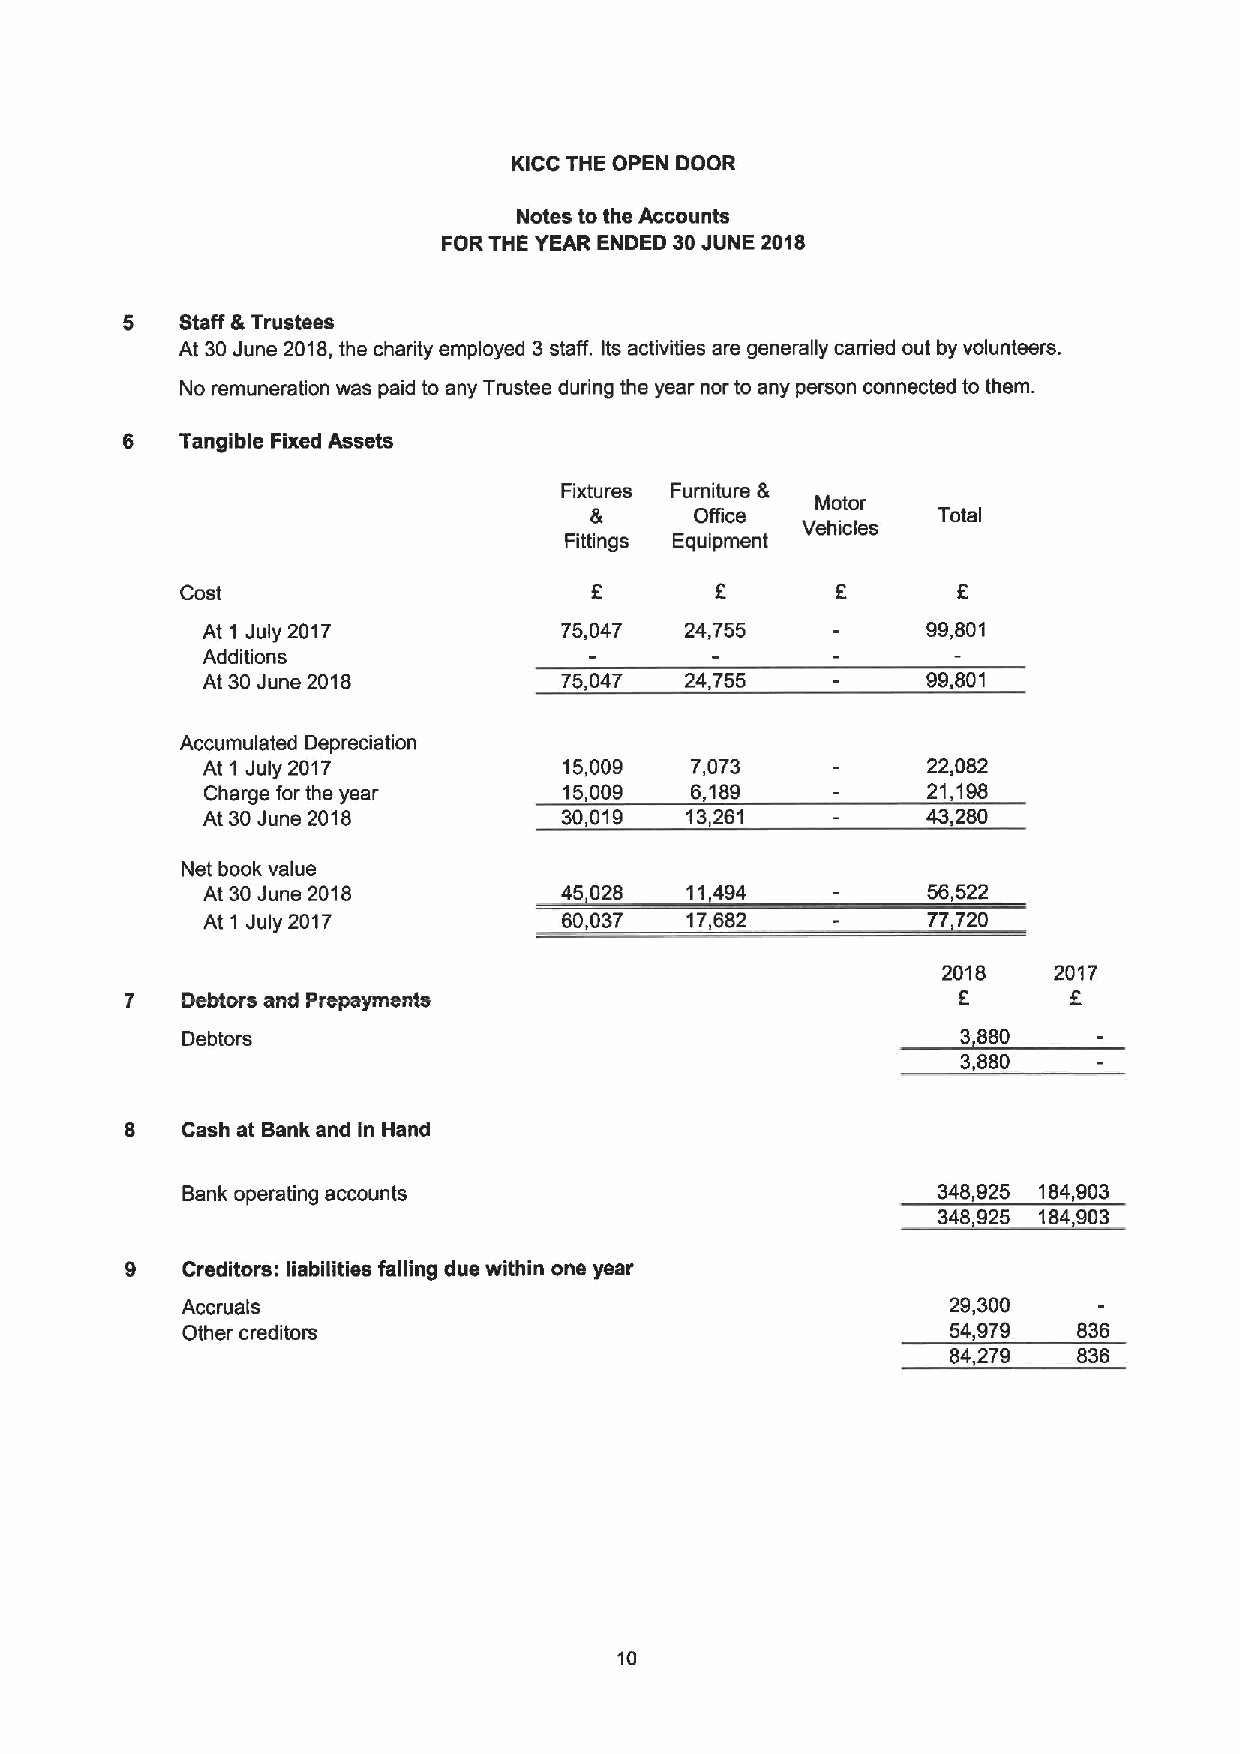
KICC THE OPEN DOOR
 Notes to the Accounts
 FORTHE YEAR ENDED 30JUNE 2018
 5   Staff &Trustees
 At 30June 2018,the charity employed 3staff. Its activities are generally carried out by volunteers.
 No remuneration was paid to any Trustee during the year nor to any person connected to them.
 6   Tangible Fixed Assets
 Fixtures Furniture &
 Motor
 &      Office          Total
 Vehicles
 Fittings Equipment
 Cost
 At 1 July 2017          75,047  24,755          99,801
 Additions
 At 30June 2018          75,047  24,755          99,801
 Accumulated Depreciation
 At 1 July 2017          15,009   7,073          22,082
 Charge for the year    15,009   6,189          21,198
 At 30June 2018          30,019  13,261          43,280
 Net book value
 At 30June 2018          45,028  11,494          56,522
 At 1 July 2017          60,037  17,682          77,720
 2018    2017
 7   Debtors and Prspaymsnts                            5
 Debtors                                             3,880
 3,880
 8   Cash at Bank and in Hand
 Bank operating accounts                           348,925 184,903
 348925 184903
 9   Creditors: liabilities falling due within one year
 Accruals                                           29,300
 Other creditors                                    54,979  836
 84,279  836
 10